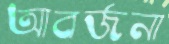
আবর্জনা